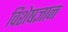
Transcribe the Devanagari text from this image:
विशेषज्ञान